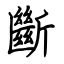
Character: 斷